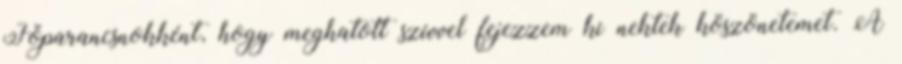
Főparancsnokként, hogy meghatott szívvel fejezzem ki nektek köszönetemet. A